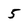
Character: 5